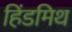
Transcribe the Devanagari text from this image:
हिंडमिथ